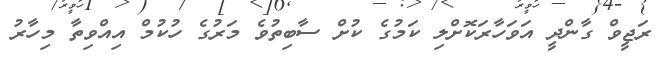
ރަޖީވް ގާންދީ އަވަހާރަކޮށްލި ކަމުގެ ކުށް ސާބިތުވެ މަރުގެ ހުކުމް އިއްވިތާ މިހާރު